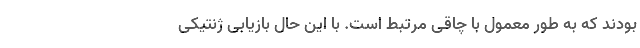
بودند که به‌ طور معمول با چاقی مرتبط است. با این حال بازیابی ژنتیکی